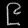
Digit: ၉